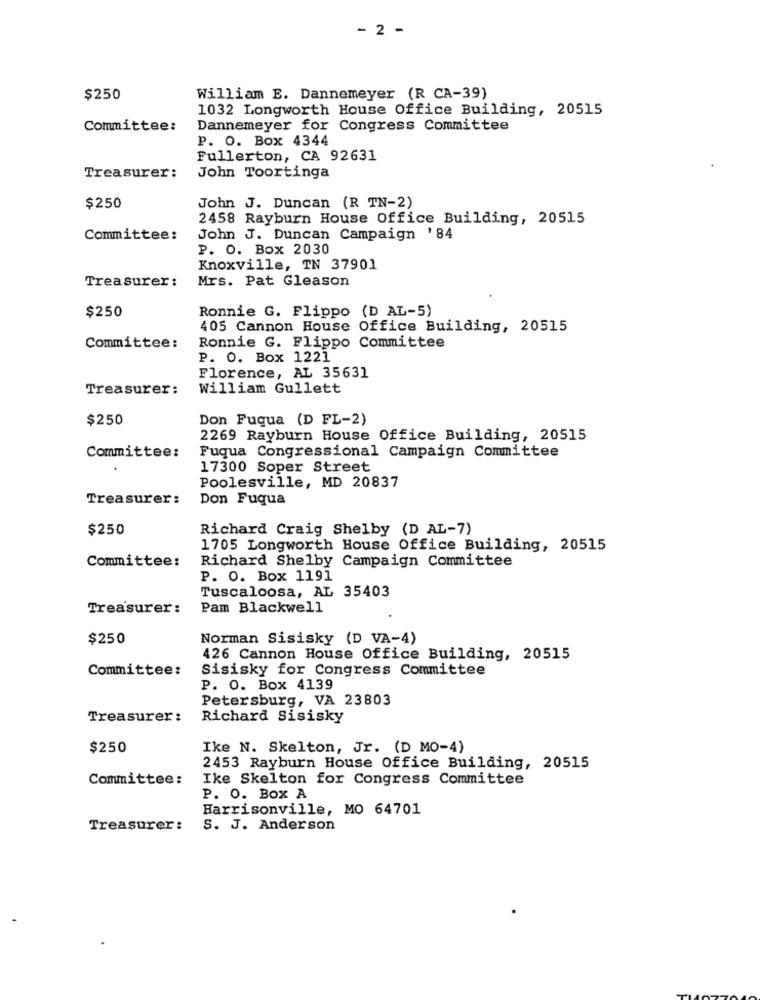
- 2 -
$250
William E. Dannemeyer (R CA-39)
1032 Longworth House Office Building, 20515
Committee:
Dannemeyer for Congress Committee
P. O. Box 4344
Fullerton, CA 92631
Treasurer:
John Toortinga
$250
John J. Duncan (R TN-2)
2458 Rayburn House Office Building, 20515
Committee:
John J. Duncan Campaign ' 84
P. O. Box 2030
Knoxville, TN 37901
Treasurer :
Mrs. Pat Gleason
Ronnie G. Flippo (D AL-5)
$250
405 Cannon House Office Building, 20515
Committee:
Ronnie G. Flippo Committee
P. O. Box 1221
Florence, AL 35631
Treasurer:
William Gullett
$250
Don Fuqua (D FL-2)
2269 Rayburn House Office Building, 20515
Fuqua Congressional Campaign Committee
Committee:
17300 Soper Street
Poolesville, MD 20837
Treasurer:
Don Fuqua
$250
Richard Craig Shelby (D AL-7)
1705 Longworth House Office Building, 20515
Richard Shelby Campaign Committee
Committee:
P. O. Box 1191
Tuscaloosa, AL 35403
Treasurer:
Pam Blackwell
$250
Norman Sisisky (D VA-4)
426 Cannon House Office Building, 20515
Committee:
Sisisky for Congress Committee
P. O. Box 4139
Petersburg, VA 23803
Treasurer :
Richard Sisisky
$250
Ike N. Skelton, Jr. (D MO-4)
2453 Rayburn House Office Building, 20515
Committee:
Ike Skelton for Congress Committee
P. O. Box A
Harrisonville, MO 64701
Treasurer:
S. J. Anderson